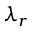
\lambda _ { r }